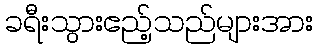
ခရီးသွားဧည့်သည်များအား